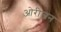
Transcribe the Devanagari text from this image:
ओरीजन